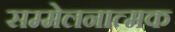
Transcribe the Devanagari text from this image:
सम्मेलनात्मक